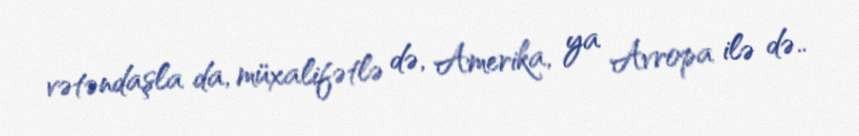
vətəndaşla da, müxalifətlə də, Amerika, ya Avropa ilə də..